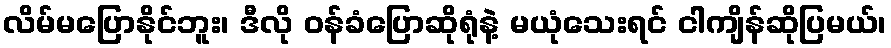
လိမ်မပြောနိုင်ဘူး၊ ဒီလို ဝန်ခံပြောဆိုရုံနဲ့ မယုံသေးရင် ငါကျိန်ဆိုပြမယ်၊